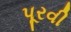
પૂરવી